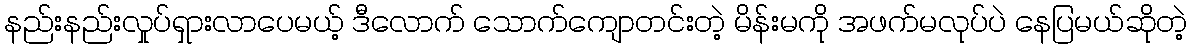
နည်းနည်းလှုပ်ရှားလာပေမယ့် ဒီလောက် သောက်ကျောတင်းတဲ့ မိန်းမကို အဖက်မလုပ်ပဲ နေပြမယ်ဆိုတဲ့